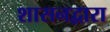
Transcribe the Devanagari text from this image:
शासनद्वारा